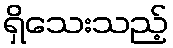
ရှိသေးသည့်